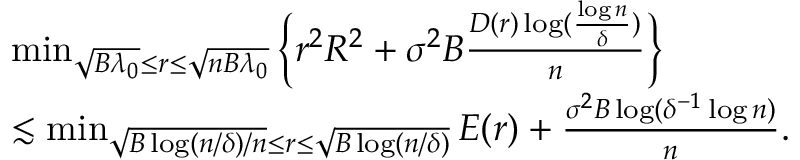
\begin{array} { r l } & { \operatorname* { m i n } _ { \sqrt { B \lambda _ { 0 } } \leq r \leq \sqrt { n B \lambda _ { 0 } } } \bigg \{ r ^ { 2 } R ^ { 2 } + \sigma ^ { 2 } B \frac { D ( r ) \log ( \frac { \log n } { \delta } ) } { n } \bigg \} } \\ & { \lesssim \operatorname* { m i n } _ { \sqrt { B \log ( n / \delta ) / n } \leq r \leq \sqrt { B \log ( n / \delta ) } } E ( r ) + \frac { \sigma ^ { 2 } B \log ( \delta ^ { - 1 } \log n ) } { n } . } \end{array}